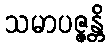
သမာပဇ္ဇန္တိ